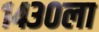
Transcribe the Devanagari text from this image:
१४३०ला